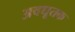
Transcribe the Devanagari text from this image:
अवधूतक